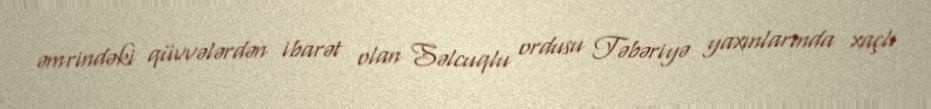
əmrindəki qüvvələrdən ibarət olan Səlcuqlu ordusu Təbəriyə yaxınlarında xaçlı